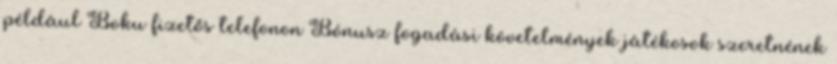
például Boku fizetős telefonon Bónusz fogadási követelmények játékosok szeretnének